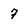
Character: 7